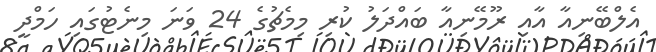
އެލްބޭނިއާ އާއި ރޫމޭނިއާ ބައްދަލު ކުރި މިމެޗުގެ 24 ވަނަ މިނެޓުގައި ހަމްދީ